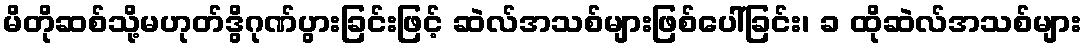
မိတိုဆစ်သို့မဟုတ်ဒွိဂုဏ်ပွားခြင်းဖြင့် ဆဲလ်အသစ်များဖြစ်ပေါ်ခြင်း၊ ခ ထိုဆဲလ်အသစ်များ